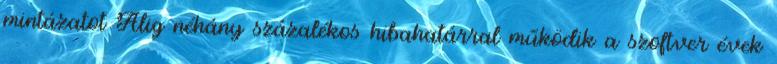
mintázatot Alig néhány százalékos hibahatárral működik a szoftver évek